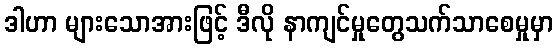
ဒါဟာ များသောအားဖြင့် ဒီလို နာကျင်မှုတွေသက်သာစေမှုမှာ